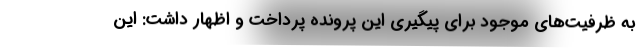
به ظرفیت‌های موجود برای پیگیری این پرونده پرداخت و اظهار داشت: این